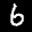
Label: 6